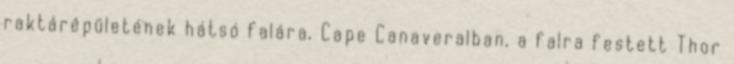
raktárépületének hátsó falára, Cape Canaveralban, a falra festett Thor